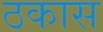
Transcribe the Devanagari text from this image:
ठकास